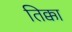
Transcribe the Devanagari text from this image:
तिक्का